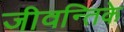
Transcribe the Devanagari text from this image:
जीवन्तिके